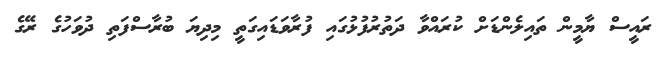
ރައީސް ޔާމީން ތައިލެންޑަށް ކުރައްވާ ދަތުރުފުޅުގައި ފުރާވަޑައިގަތީ މިދިޔަ ބުރާސްފަތި ދުވަހުގެ ރޭގެ